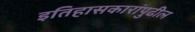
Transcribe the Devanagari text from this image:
इतिहासकारांपुढील